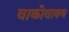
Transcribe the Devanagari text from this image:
वाकोवाक्य